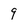
Character: 9